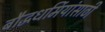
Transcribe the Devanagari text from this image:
बौद्धधर्मियांसाठी